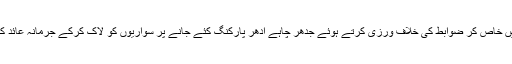
اس سلسلےمیں خاص کر ضوابط کی خلاف ورزی کرتے ہوئے جدھر چاہے ادھر پارکنگ کئے جانے پر سواریوں کو لاک کرکے جرمانہ عائد کیا جارہا ہے۔